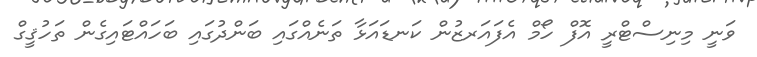
ވަނީ މިނިސްޓްރީ އޮފް ހޯމް އެފައަރޒުން ކަނޑައަޅާ ތަނެއްގައި ބަންދުގައި ބަހައްޓައިގެން ތަހުޤީގް